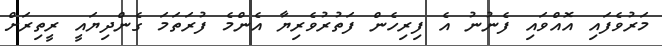
މަރުވެފައި އޮއްވައި ފެނުނު އެ ފިރިހެން ފަތުރުވެރިޔާ އެންމެ ފުރަތަމަ ގެންދިޔައީ ރީތިރަށް